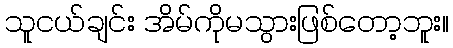
သူငယ်ချင်း အိမ်ကိုမသွားဖြစ်တော့ဘူး။